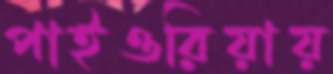
পাইওরিয়ায়